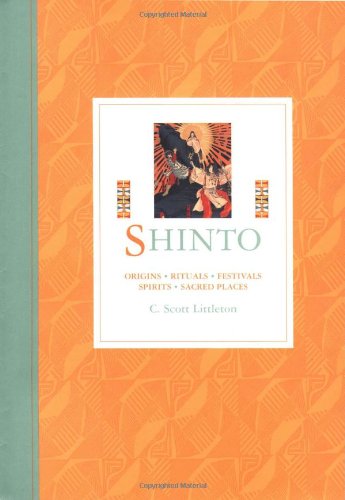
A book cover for Shinto: Origins, Rituals, Festivals, Spirits, Sacred Places; C. Scott Littleton; Religion & Spirituality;